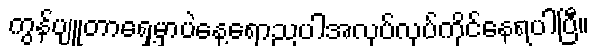
ကွန်ပျူတာရှေ့မှာပဲနေ့ရောညပါအလုပ်လုပ်ကိုင်နေရပါပြီ။